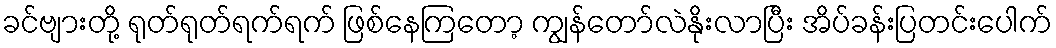
ခင်ဗျားတို့ ရုတ်ရုတ်ရက်ရက် ဖြစ်နေကြတော့ ကျွန်တော်လဲနိုးလာပြီး အိပ်ခန်းပြတင်းပေါက်